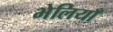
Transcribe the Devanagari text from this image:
भेलियाँ